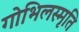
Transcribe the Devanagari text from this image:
गोभिलस्मृति